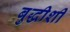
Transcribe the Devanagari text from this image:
बुद्धीशी